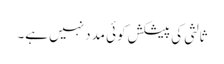
ثالثی کی پیشکش کوئی مدد نہیں ہے۔